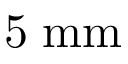
5 \; \mathrm { m m }